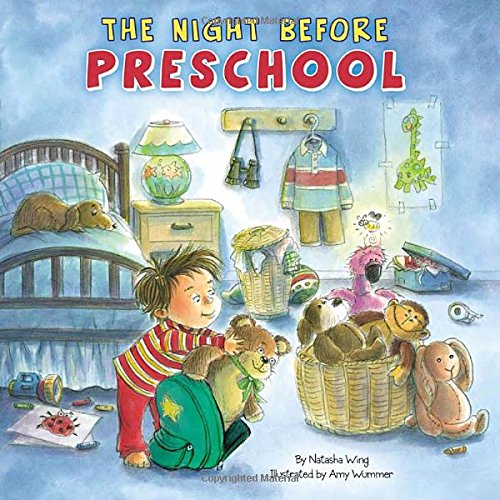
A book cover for The Night Before Preschool; Natasha Wing; Children's Books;